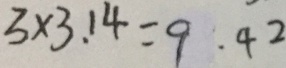
3 \times 3 . 1 4 = 9 . 4 2